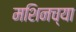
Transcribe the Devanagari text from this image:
मशिनच्या